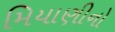
મિયાણીનો